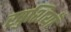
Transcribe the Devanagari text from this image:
खुशियॉँ